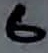
Text: 6